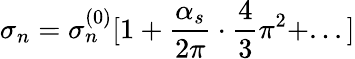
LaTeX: \sigma_{n}=\sigma_{n}^{(0)}[1+\frac{\alpha_{s}}{2\pi}\cdot\frac{4}{3}\pi^{2}+...]